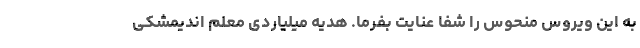
به این ویروس منحوس را شفا عنایت بفرما. هدیه میلیاردی معلم اندیمشکی